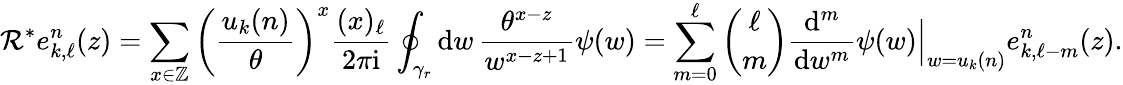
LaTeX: \mathcal{R}^{*}e_{k,\ell}^{n}(z)=\sum_{x\in\mathbb{Z}}\left(\frac{u_{k}(n)}{\theta}\right)^{x}\frac{(x)_{\ell}}{2\pi\mathrm{i}}\oint_{\gamma_{r}}\mathrm{d}w\, \frac{\theta^{x-z}}{w^{x-z+1}}\psi(w)=\sum_{m=0}^{\ell}{\binom{\ell}{m}}\frac{\mathrm{d}^{m}}{\mathrm{d}w^{m}}\psi(w)\Big|_{w=u_{k}(n)}e_{k,\ell-m}^{n}(z).